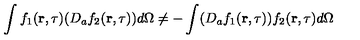
\int f _ { 1 } ( { \bf r } , \tau ) ( D _ { a } f _ { 2 } ( { \bf r } , \tau ) ) d \Omega \neq - \int ( D _ { a } f _ { 1 } ( { \bf r } , \tau ) ) f _ { 2 } ( { \bf r } , \tau ) d \Omega